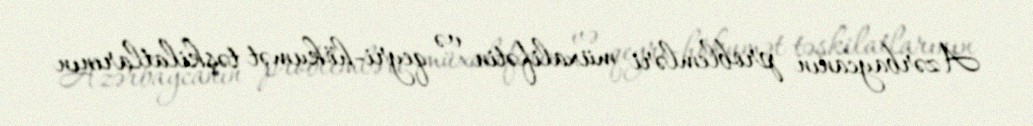
Azərbaycanın problemləri müxalifətin və qeyri-hökumət təşkilatlarının